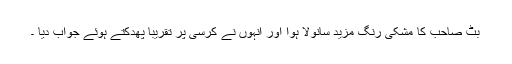
بٹ صاحب کا مُشکی رنگ مزید سانولا ہوا اور انہوں نے کرسی پر تقریبا پھُدکتے ہوئے جواب دیا ۔